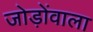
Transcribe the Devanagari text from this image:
जोड़ोंवाला